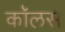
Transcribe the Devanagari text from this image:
कॉलस